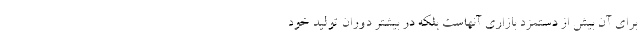
برای آن بیش از دستمزد بازاری آنهاست بلکه در بیشتر دوران تولید خود